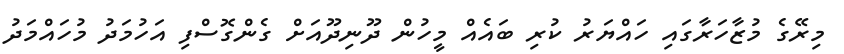
މިރޭގެ މުޒާހަރާގައި ހައްޔަރު ކުރި ބައެއް މީހުން ދޫނިދޫއަށް ގެންގޮސްފި އަހުމަދު މުހައްމަދު